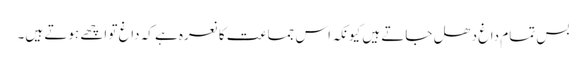
بس تمام داغ دھل جاتے ہیں کیونکہ اس جماعت کا نعرہ ہے کہ داغ تو اچھے ہوتے ہیں۔